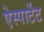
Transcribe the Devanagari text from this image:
ऐस्पार्टेट